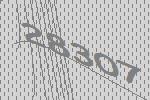
28307